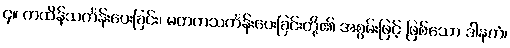
၄။ ကထိန်သင်္ကန်းပေးခြင်း၊ မတကသင်္ကန်းပေးခြင်းတို့၏ အစွမ်းဖြင့် ဖြစ်သော ဒါနကံ၊